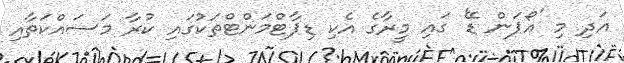
އަދި މި 'އޯޕަން ޑޭ' ގައި މީރާގެ އެކި ޑިޕާޓްމަންޓްތަކުގައި ކުރާ މަސައްކަތާއި